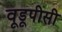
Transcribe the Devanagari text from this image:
वूडूपीसी